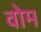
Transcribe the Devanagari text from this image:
वोम